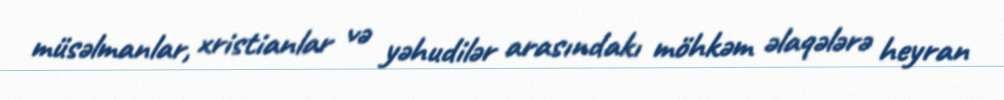
müsəlmanlar, xristianlar və yəhudilər arasındakı möhkəm əlaqələrə heyran